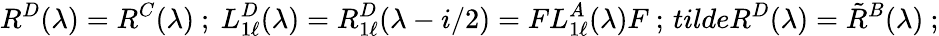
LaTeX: R^{D}(\lambda)=R^{C}(\lambda)\ ;\ L_{1\ell}^{D}(\lambda)=R_{1\ell}^{D}(\lambda-i/2)=FL_{1\ell}^{A}(\lambda)F\ ;\, tilde{R}^{D}(\lambda)=\tilde{R}^{B}(\lambda)\ ;